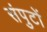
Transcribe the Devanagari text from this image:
संपुटों